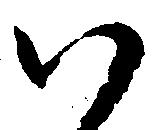
い